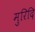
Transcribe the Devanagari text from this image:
मुरिदि